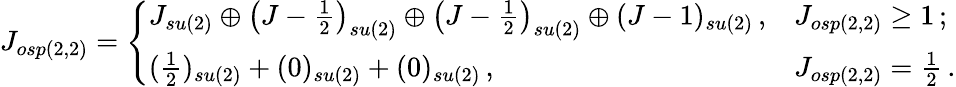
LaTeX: J_{osp(2,2)}=\left\{ \begin{array}{ll}{{J_{su(2)}\oplus\left(J-\frac{1}{2}\right)_{su(2)}\oplus\left(J-\frac{1}{2}\right)_{su(2)}\oplus(J-1)_{su(2)}\, ,}}&{{J_{osp(2,2)}\geq 1\, ;}}\\ {{(\frac{1}{2})_{su(2)}+(0)_{su(2)}+(0)_{su(2)}\, ,}}&{{J_{osp(2,2)}=\frac{1}{2}\, .}}\end{array}\right.